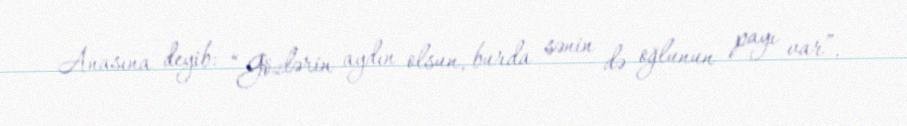
Anasına deyib: “Gözlərin aydın olsun, burda sənin də oğlunun payı var”.